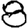
Digit: 8